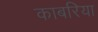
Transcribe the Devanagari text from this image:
काबरिया